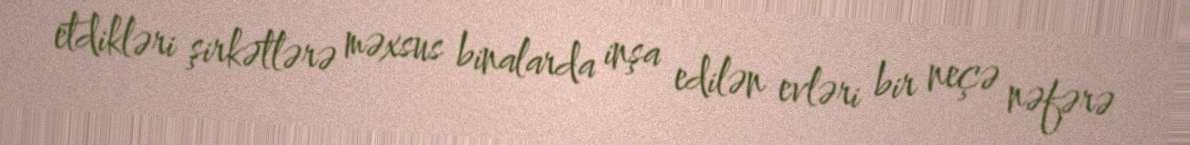
etdikləri şirkətlərə məxsus binalarda inşa edilən evləri bir neçə nəfərə